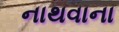
નાથવાના